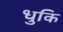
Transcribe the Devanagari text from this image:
धुकि